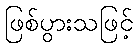
ဖြစ်ပွားသဖြင့်